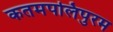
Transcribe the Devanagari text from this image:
कतमपलिपुरम